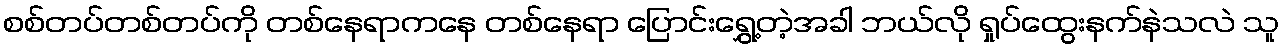
စစ်တပ်တစ်တပ်ကို တစ်နေရာကနေ တစ်နေရာ ပြောင်းရွှေ့တဲ့အခါ ဘယ်လို ရှုပ်ထွေးနက်နဲသလဲ သူ